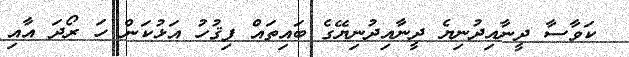
ކަވާސާ ދީނާއިދުނިޔެ ދީނާއިދުނިޔޭގެ ބައިތައް ފިޤުހު އަޅުކަން ހަ ރޯދަ އާއި